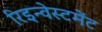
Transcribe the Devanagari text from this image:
रिइन्वेस्टमेंट